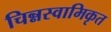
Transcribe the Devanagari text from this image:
चिन्नस्वामिकृत